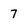
Character: 7